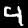
Digit: 4